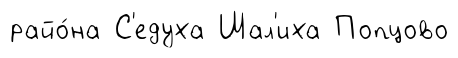
райо́на С'едуха Шал'иха Попцово